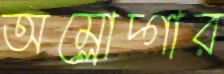
অম্লোদ্গার